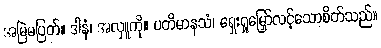
အမြဲမပြတ်။ ဒါနံ၊ အလှူကို။ ပတိမာနသံ၊ ရှေးရှုမြှော်လင့်သောစိတ်သည်။